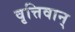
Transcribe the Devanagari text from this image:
वृत्तिवान्